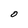
Character: O